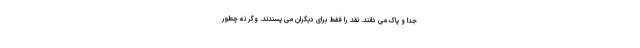
جدا و پاک می دانند. نقد را فقط برای دیگران می پسندند. وگر نه چطور